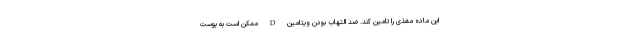
این ماده مغذی را تامین کند. ضد التهاب بودن ویتامین D ممکن است به پوست